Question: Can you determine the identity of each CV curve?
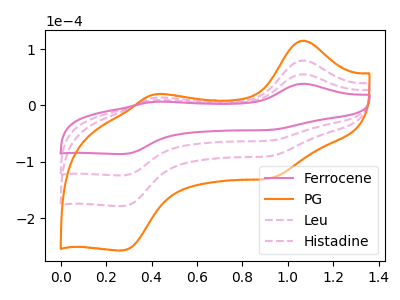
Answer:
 <answer>The pink curve is labeled "Ferrocene". The orange curve is labeled "PG". The pink dashed curve is labeled "Leu". The pink dashed curve is labeled "Histadine".</answer>
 <eval></eval>